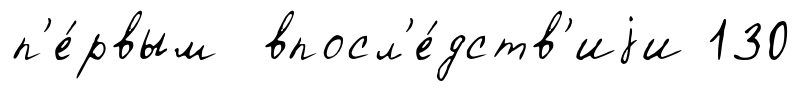
п'е́рвым впосл'е́дств'иjи 130